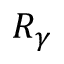
R _ { \gamma }